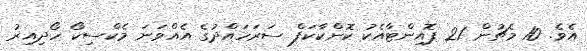
އެވެ. 10 މެޗުން 21 ޕޮއިންޓާއެކު ކޮންކާކަފް ސަރަހައްދުގެ އެއްވަނަ މެކްސިކޯ ހޯދިއިރު